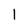
Character: I